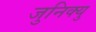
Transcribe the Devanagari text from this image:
जुनिक्यु